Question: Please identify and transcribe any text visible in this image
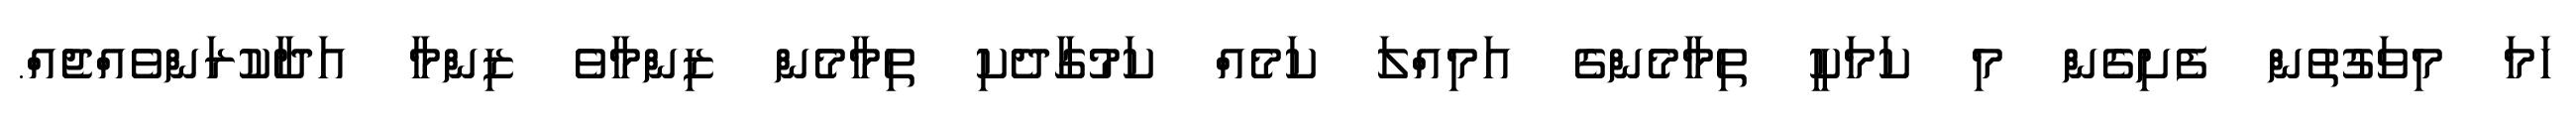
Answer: ހަމަ މިވަގުތުން ފެށިގެން މި ކަމަކީ ތިމާމެންގެ އަމިއްލަ ކަމެއް ކަމުގާދެކި ތިމާމެން ޒިންމާވެ ޒިންމާ އަދާކުރަންވެއްޖެއް.